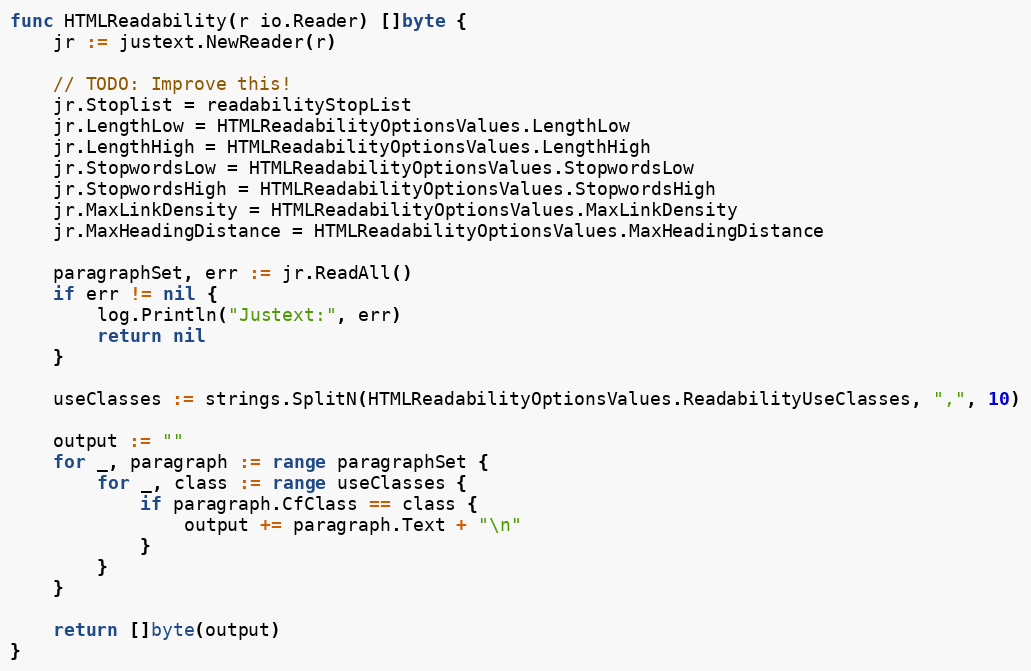
Language: Go
func HTMLReadability(r io.Reader) []byte {
	jr := justext.NewReader(r)

	// TODO: Improve this!
	jr.Stoplist = readabilityStopList
	jr.LengthLow = HTMLReadabilityOptionsValues.LengthLow
	jr.LengthHigh = HTMLReadabilityOptionsValues.LengthHigh
	jr.StopwordsLow = HTMLReadabilityOptionsValues.StopwordsLow
	jr.StopwordsHigh = HTMLReadabilityOptionsValues.StopwordsHigh
	jr.MaxLinkDensity = HTMLReadabilityOptionsValues.MaxLinkDensity
	jr.MaxHeadingDistance = HTMLReadabilityOptionsValues.MaxHeadingDistance

	paragraphSet, err := jr.ReadAll()
	if err != nil {
		log.Println("Justext:", err)
		return nil
	}

	useClasses := strings.SplitN(HTMLReadabilityOptionsValues.ReadabilityUseClasses, ",", 10)

	output := ""
	for _, paragraph := range paragraphSet {
		for _, class := range useClasses {
			if paragraph.CfClass == class {
				output += paragraph.Text + "\n"
			}
		}
	}

	return []byte(output)
}